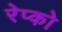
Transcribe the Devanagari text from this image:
रेप्को